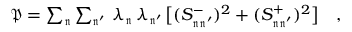
\begin{array} { r } { \mathfrak { P } = \sum _ { \mathfrak { n } } \sum _ { \mathfrak { n ^ { \prime } } } \, \lambda _ { \mathfrak { n } } \, \lambda _ { \mathfrak { n ^ { \prime } } } \, \big [ ( S _ { \mathfrak { n } \mathfrak { n ^ { \prime } } } ^ { - } ) ^ { 2 } + ( S _ { \mathfrak { n } \mathfrak { n ^ { \prime } } } ^ { + } ) ^ { 2 } \big ] \quad , } \end{array}